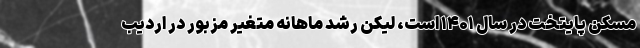
مسکن پایتخت در سال ۱۴۰۱ است، لیکن رشد ماهانه متغیر مزبور در اردیب